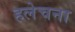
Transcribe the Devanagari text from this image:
हलेचना